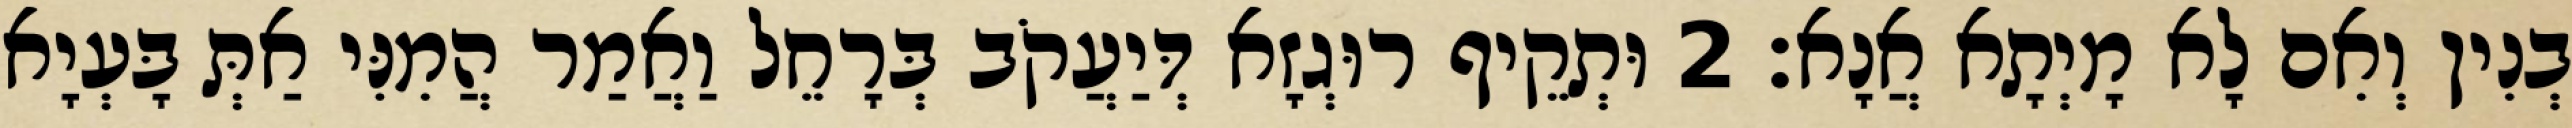
בְנִין וְאִם לָא מָיְתָא אֲנָא׃ 2 וּתְקֵיף רוּגְזָא דְּיַעֲקֹב בְּרָחֵל וַאֲמַר הֲמִנִּי אַתְּ בָּעְיָא